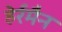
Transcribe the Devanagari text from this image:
हेर्रमैन